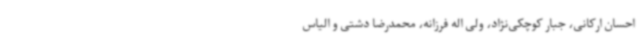
احسان ارکانی، جبار کوچکی‌نژاد، ولی اله فرزانه، محمدرضا دشتی و الیاس